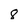
Character: 8